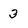
Character: 3